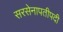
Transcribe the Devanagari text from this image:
सरसेनापतीपदी